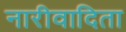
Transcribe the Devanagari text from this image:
नारीवादिता